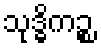
သုဒ္ဓိကဉ္စ